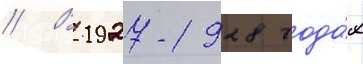
// В 1927-1928 года́х